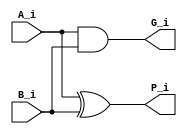
module PG ( A_i,B_i,G_i,P_i );
input A_i;
input B_i;
output G_i;
output P_i;
assign G_i = A_i & B_i ;
assign P_i = A_i ^ B_i ;
endmodule